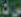
ست